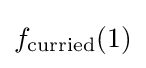
f_{\text{curried}}(1)